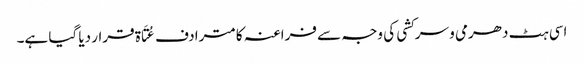
اسی ہٹ دھرمی و سرکشی کی وجہ سے فراعنہ کا مترادف عُتَاۃ قرار دیا گیا ہے۔